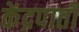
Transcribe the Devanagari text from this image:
केंद्रपाती